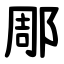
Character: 郮